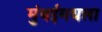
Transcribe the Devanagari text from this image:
मुंबईमधला